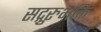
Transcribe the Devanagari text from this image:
सद्गुरुभक्ति